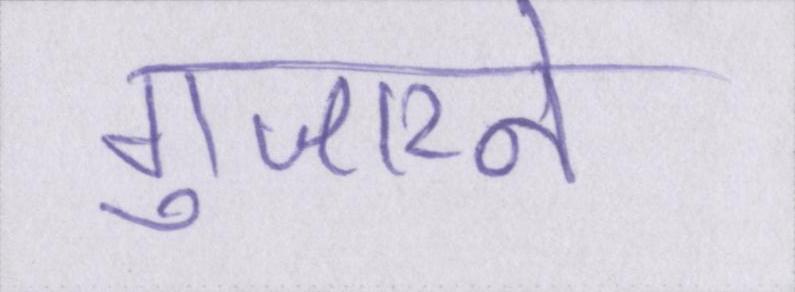
गुजारने